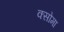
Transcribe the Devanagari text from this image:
क्सोमा